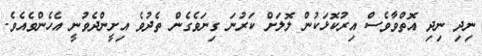
ނިދި ނިދި އޮތްވާވެސް އިރުކޮޅަކުން ލޮލަށް ކަރުނަ ގިނަވެގެން ތެދުވެ އިށީންދެވުނީ އެހެންވެއެވެ.